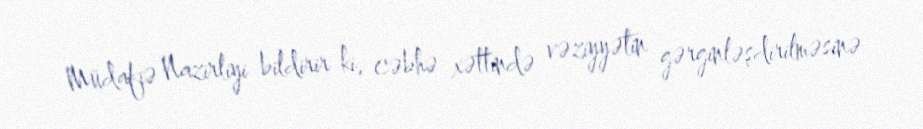
Müdafiə Nazirliyi bildirir ki, cəbhə xəttində vəziyyətin gərginləşdirilməsinə